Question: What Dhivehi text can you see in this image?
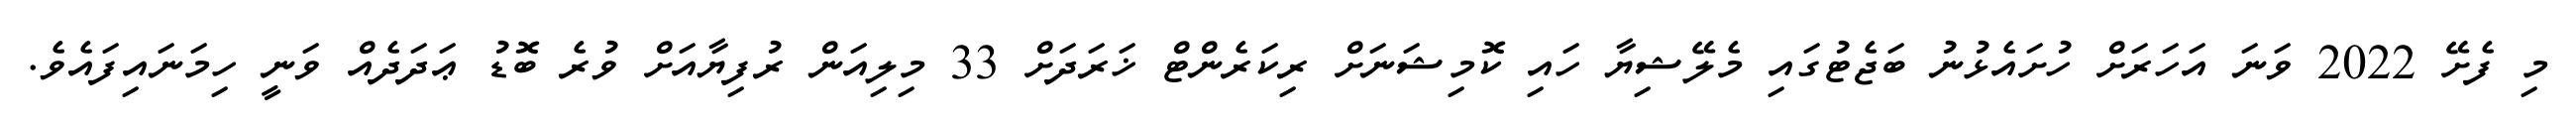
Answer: މި ފެށޭ 2022 ވަނަ އަހަރަށް ހުށައެޅުނު ބަޖެޓުގައި މެލޭޝިޔާ ހައި ކޮމިޝަނަށް ރިކަރެންޓް ޚަރަދަށް 33 މިލިއަން ރުފިޔާއަށް ވުރެ ބޮޑު ޢަދަދެއް ވަނީ ހިމަނައިފައެވެ.